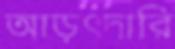
আড়ৎদারি